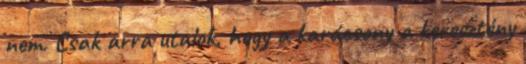
nem. Csak arra utalok, hogy a karácsony a keresztény